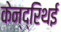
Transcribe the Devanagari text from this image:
केन्द्रिथई